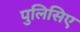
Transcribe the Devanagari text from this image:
पुलिसिए